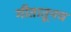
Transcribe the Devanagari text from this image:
गीतातूनच